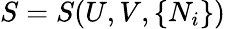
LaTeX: S=S(U,V,\{ N_{i}\} )